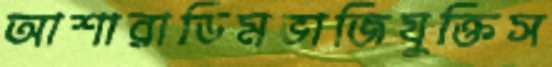
আশারাডিমভাজিযুক্তিস